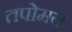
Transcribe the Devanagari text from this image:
तपोमय